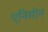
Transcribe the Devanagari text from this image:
एनिमोन